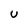
Character: U